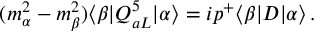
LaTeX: ( m _ { \alpha } ^ { 2 } - m _ { \beta } ^ { 2 } ) \langle \beta | Q _ { a L } ^ { 5 } | \alpha \rangle = i p ^ { + } \langle \beta | D | \alpha \rangle \, .